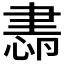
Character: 𦘜